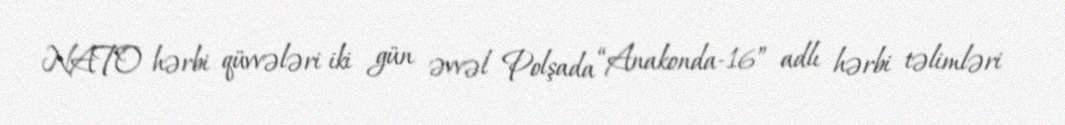
NATO hərbi qüvvələri iki gün əvvəl Polşada “Anakonda-16” adlı hərbi təlimləri